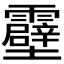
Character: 𫕶